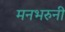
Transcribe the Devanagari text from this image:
मनभरुनी